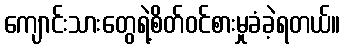
ကျောင်းသားတွေရဲ့စိတ်ဝင်စားမှုခံခဲ့ရတယ်။